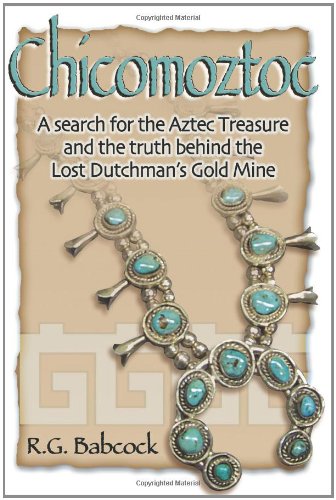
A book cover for Chicomoztoc: A search for the Aztec Treasure and the truth behind the Lost Dutchman's Gold Mine; R. G. Babcock; History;